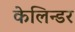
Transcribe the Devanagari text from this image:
केलिन्डर